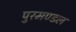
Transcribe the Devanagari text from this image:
पुरमण्डल